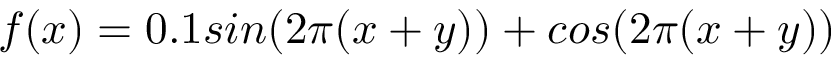
f ( x ) = 0 . 1 s i n ( 2 \pi ( x + y ) ) + c o s ( 2 \pi ( x + y ) )